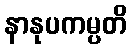
နာနုပကမ္ပတိ